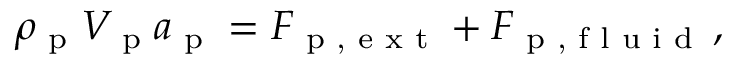
\rho _ { \textup { p } } V _ { \textup { p } } \boldsymbol { a } _ { \textup { p } } = \boldsymbol { F } _ { \textup { p , e x t } } + \boldsymbol { F } _ { \textup { p , f l u i d } } \, ,